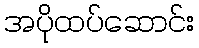
အပိုထပ်ဆောင်း